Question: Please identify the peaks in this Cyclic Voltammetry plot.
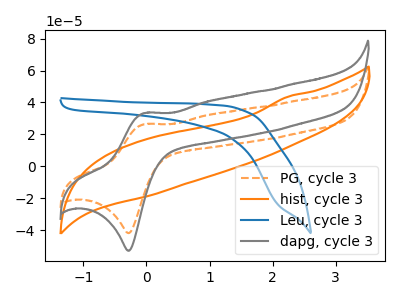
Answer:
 <answer>The orange dashed curve "PG, cycle 3" has an anodic peak at (-0.05V, 26.40uA) and a cathodic peak at (-0.30V, -41.75uA). The orange curve "hist, cycle 3" has no peaks. The blue curve "Leu, cycle 3" has no peaks. The gray curve "dapg, cycle 3" has an anodic peak at (-0.05V, 33.35uA) and a cathodic peak at (-0.30V, -52.80uA).</answer>
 <eval></eval>